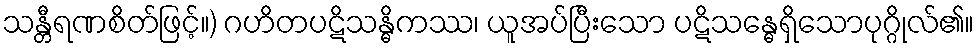
သန္တီရဏစိတ်ဖြင့်။) ဂဟိတပဋိသန္ဓိကဿ၊ ယူအပ်ပြီးသော ပဋိသန္ဓေရှိသောပုဂ္ဂိုလ်၏။